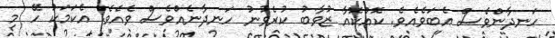
ހަނދާންވެސް އެބަވެއެވެ. ކޮއްކޮއާ ޒުވާބު ކުރެވުނު ހަނދާނެއްވެސް ވެއެވެ. އެކަމަކު ހޭ މި